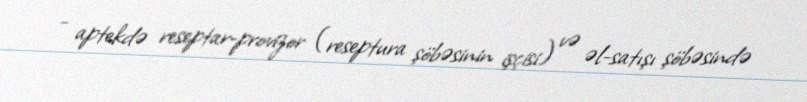
- aptekdə reseptar-provizor (reseptura şöbəsinin işçisi) və əl-satışı şöbəsində